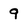
Character: 9